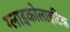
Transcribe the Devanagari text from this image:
ग्लाइकोलाइटिक